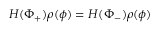
H ( \Phi _ { + } ) \rho ( \phi ) = H ( \Phi _ { - } ) \rho ( \phi )